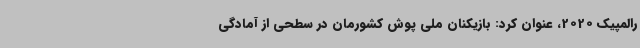
رالمپیک 2020، عنوان کرد: بازیکنان ملی پوش کشورمان در سطحی از آمادگی